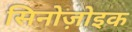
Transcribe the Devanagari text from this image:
सिनोज़ोइक